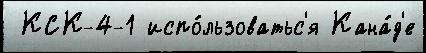
 КСК-4-1 испо́льзоватьс'я Кана́д'е